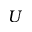
U